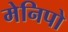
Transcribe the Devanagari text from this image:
मेनिपो